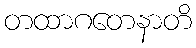
တထာဂတေနာတိ